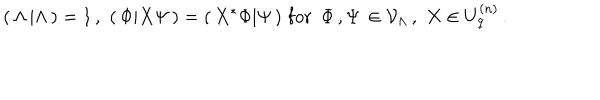
( \, \Lambda \, \vert \Lambda \, ) = 1 \, , \, \, ( \, \Phi \vert X \Psi \, ) = ( \, X ^ { * } \Phi \vert \Psi \, ) \, \, \mathrm { f o r } \, \, \, \Phi \, , \Psi \, \in { \cal V } _ { \Lambda } \, , \, \, X \in U _ { q } ^ { ( n ) } \, .